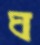
ঘ